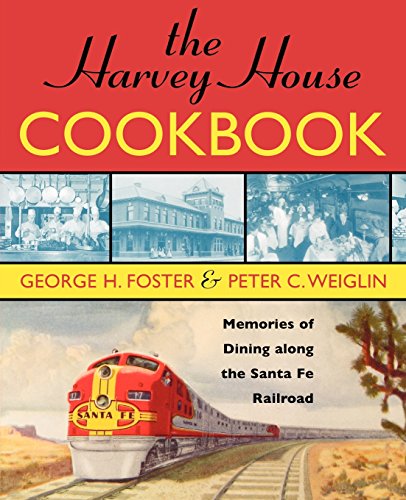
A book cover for The Harvey House Cookbook: Memories of Dining Along the Santa Fe Railroad; George H. Foster; Cookbooks, Food & Wine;